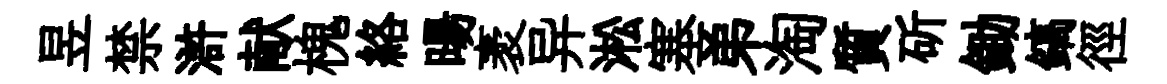
昱禁滸献槐絡暘袤异淞塞弟淘質斫鋤鎬徑